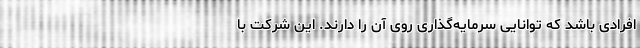
افرادی باشد که توانایی سرمایه‌گذاری روی آن را دارند. این شرکت با